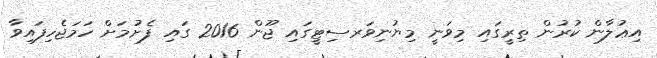
އިޢުލާން ކުރުން ތިރީގައި މިވަނީ މިޔުނިވަރސިޓީގައި ޖޫން 2016 ގައި ފެށުމަށް ހަމަޖެހިފައިވާ